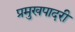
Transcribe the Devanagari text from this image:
प्रमुखपादरी